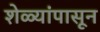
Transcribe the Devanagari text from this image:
शेळ्यांपासून